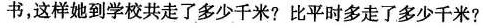
书，这样她到学校共走了多少千米?比平时多走了多少千米?